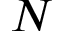
N